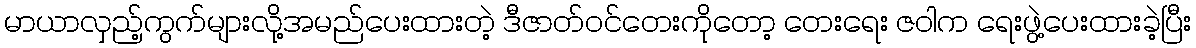
မာယာလှည့်ကွက်များလို့အမည်ပေးထားတဲ့ ဒီဇာတ်ဝင်တေးကိုတော့ တေးရေး ဇဝါက ရေးဖွဲ့ပေးထားခဲ့ပြီး